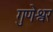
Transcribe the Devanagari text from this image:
गुणेश्वर